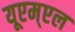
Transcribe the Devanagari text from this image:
यूएम्एल